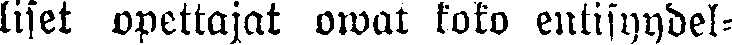
liset opettajat owat koko entisyydel-